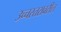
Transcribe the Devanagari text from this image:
उच्चस्तरावरील